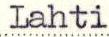
Lahti